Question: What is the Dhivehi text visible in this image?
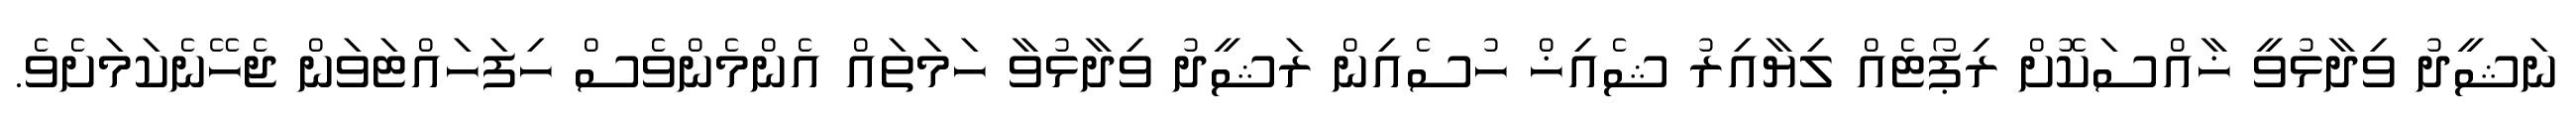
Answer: ނަޝީދު ވިދާޅުވީ ޚާއްސަކޮށް ރިޕޯޓެއް ލިޔާއިރު ޝެއިޚް ހުސެއިން ރަޝީދު ވިދާޅުވާ ހަމަތައް އެންމެންވެސް ހިފަހައްޓަވަން ޖެހޭނެކަމަށެވެ.